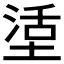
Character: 𡎒